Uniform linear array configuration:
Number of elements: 8
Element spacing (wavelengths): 0.75
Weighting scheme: hamming
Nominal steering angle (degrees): -30
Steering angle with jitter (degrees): -30.155
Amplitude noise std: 0.05
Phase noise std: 0.05

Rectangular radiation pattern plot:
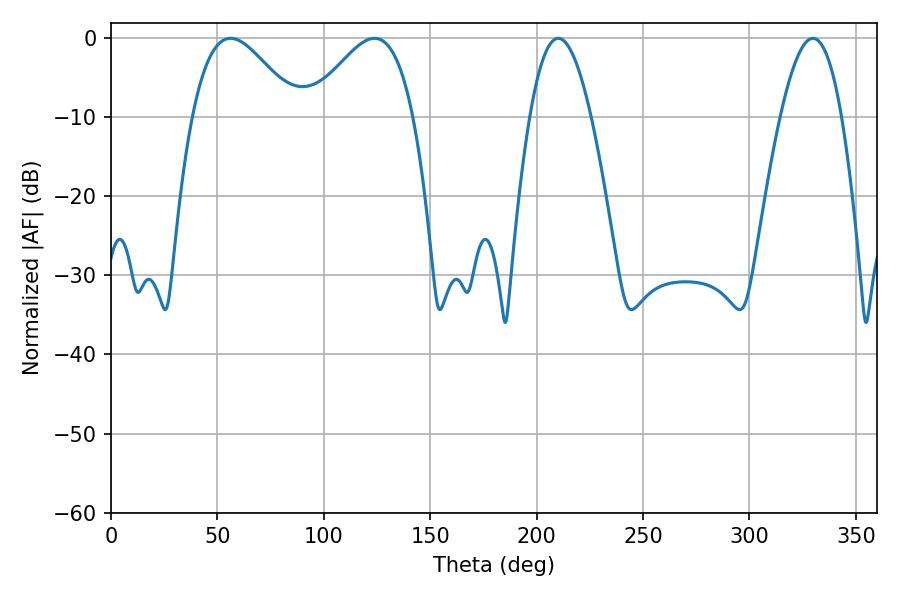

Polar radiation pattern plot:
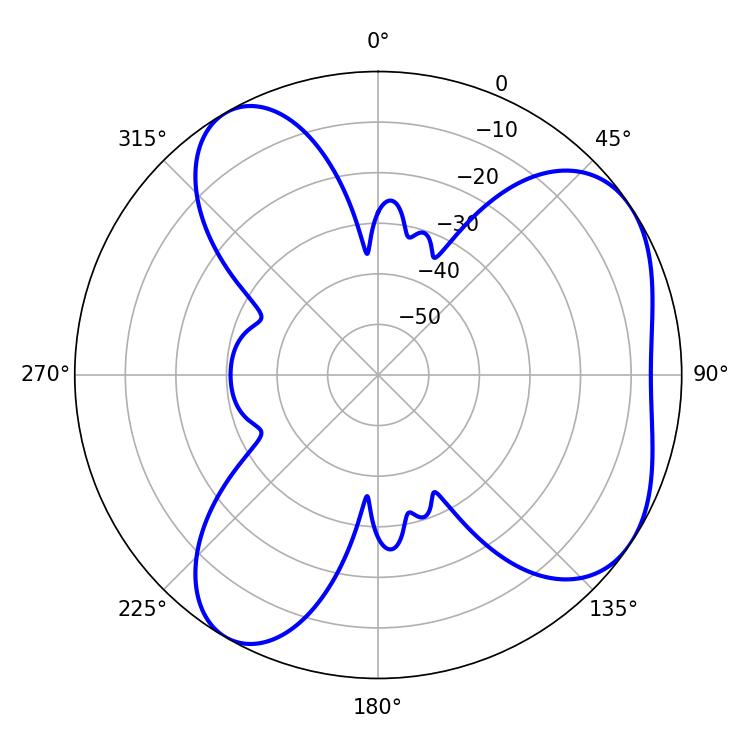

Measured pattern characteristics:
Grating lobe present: TRUE
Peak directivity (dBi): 5.41
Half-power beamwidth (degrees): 26.28
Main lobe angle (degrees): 56.16